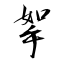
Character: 挐